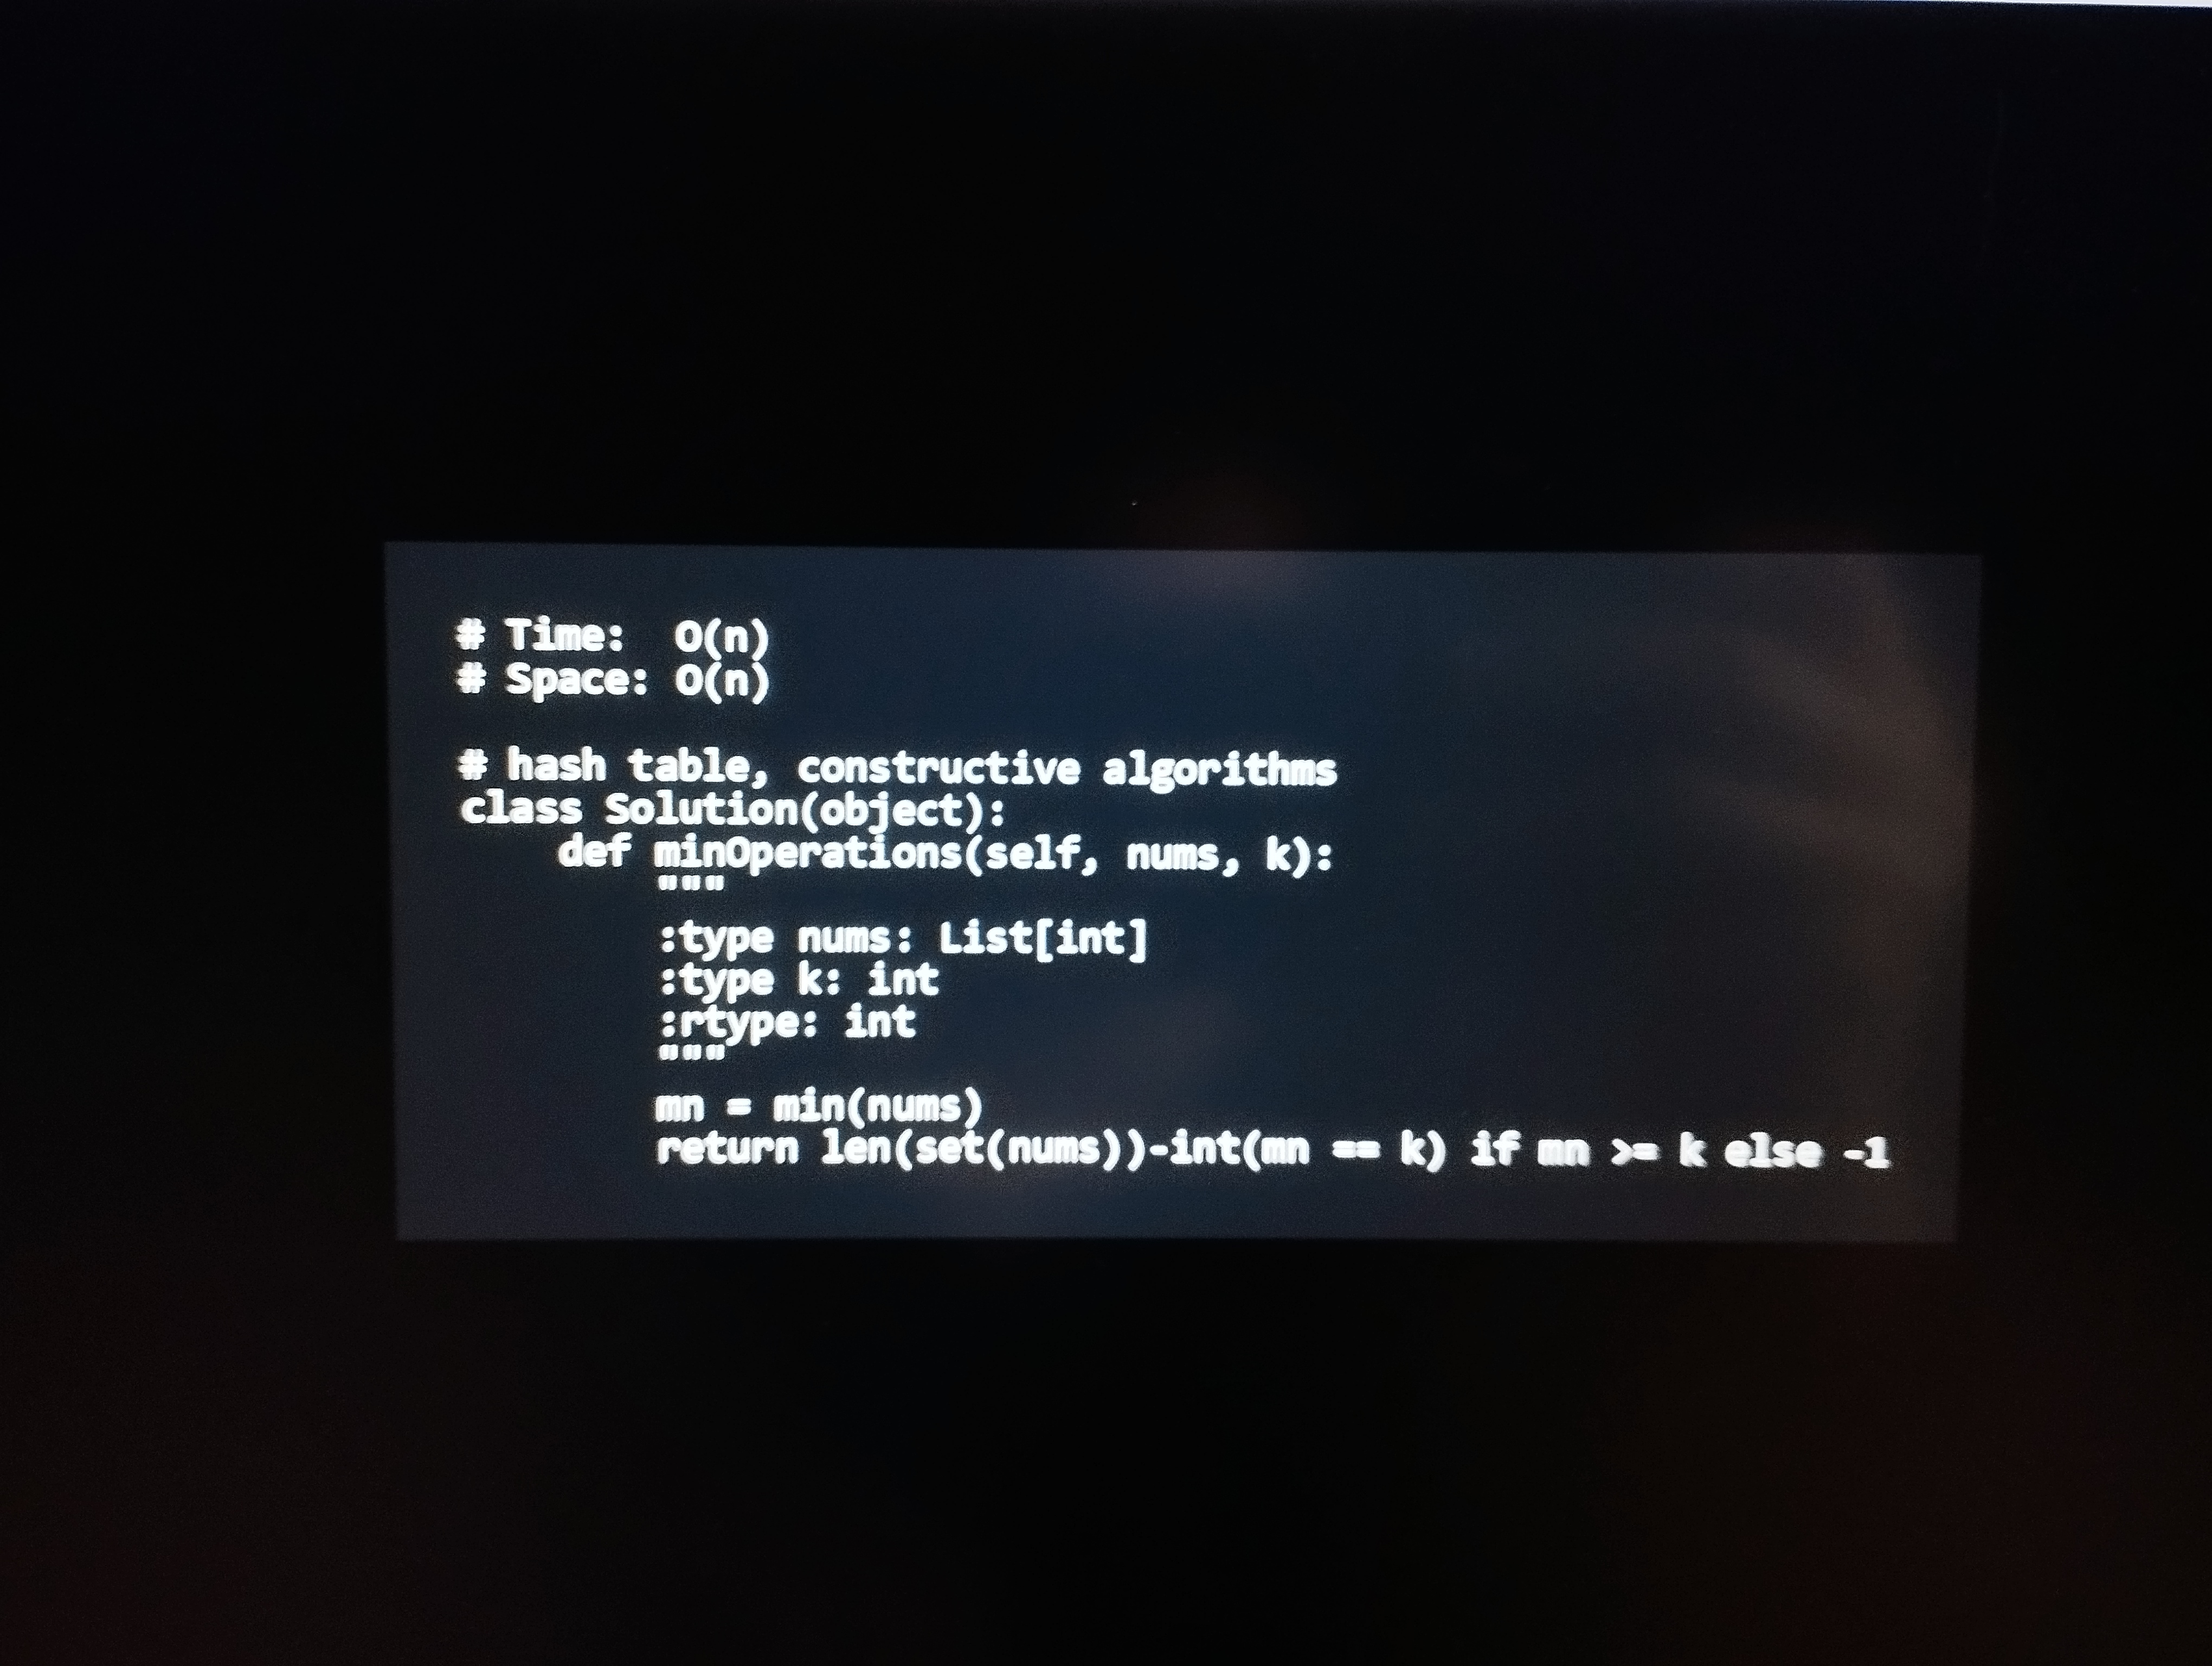
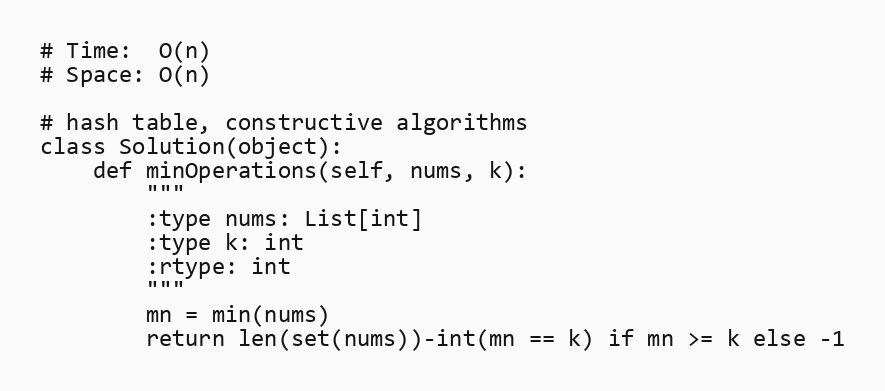
# Time:  O(n)
# Space: O(n)

# hash table, constructive algorithms
class Solution(object):
    def minOperations(self, nums, k):
        """
        :type nums: List[int]
        :type k: int
        :rtype: int
        """
        mn = min(nums)
        return len(set(nums))-int(mn == k) if mn >= k else -1